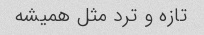
تازه و ترد مثل همیشه